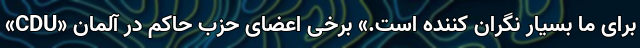
برای ما بسیار نگران کننده است.» برخی اعضای حزب حاکم در آلمان «CDU»